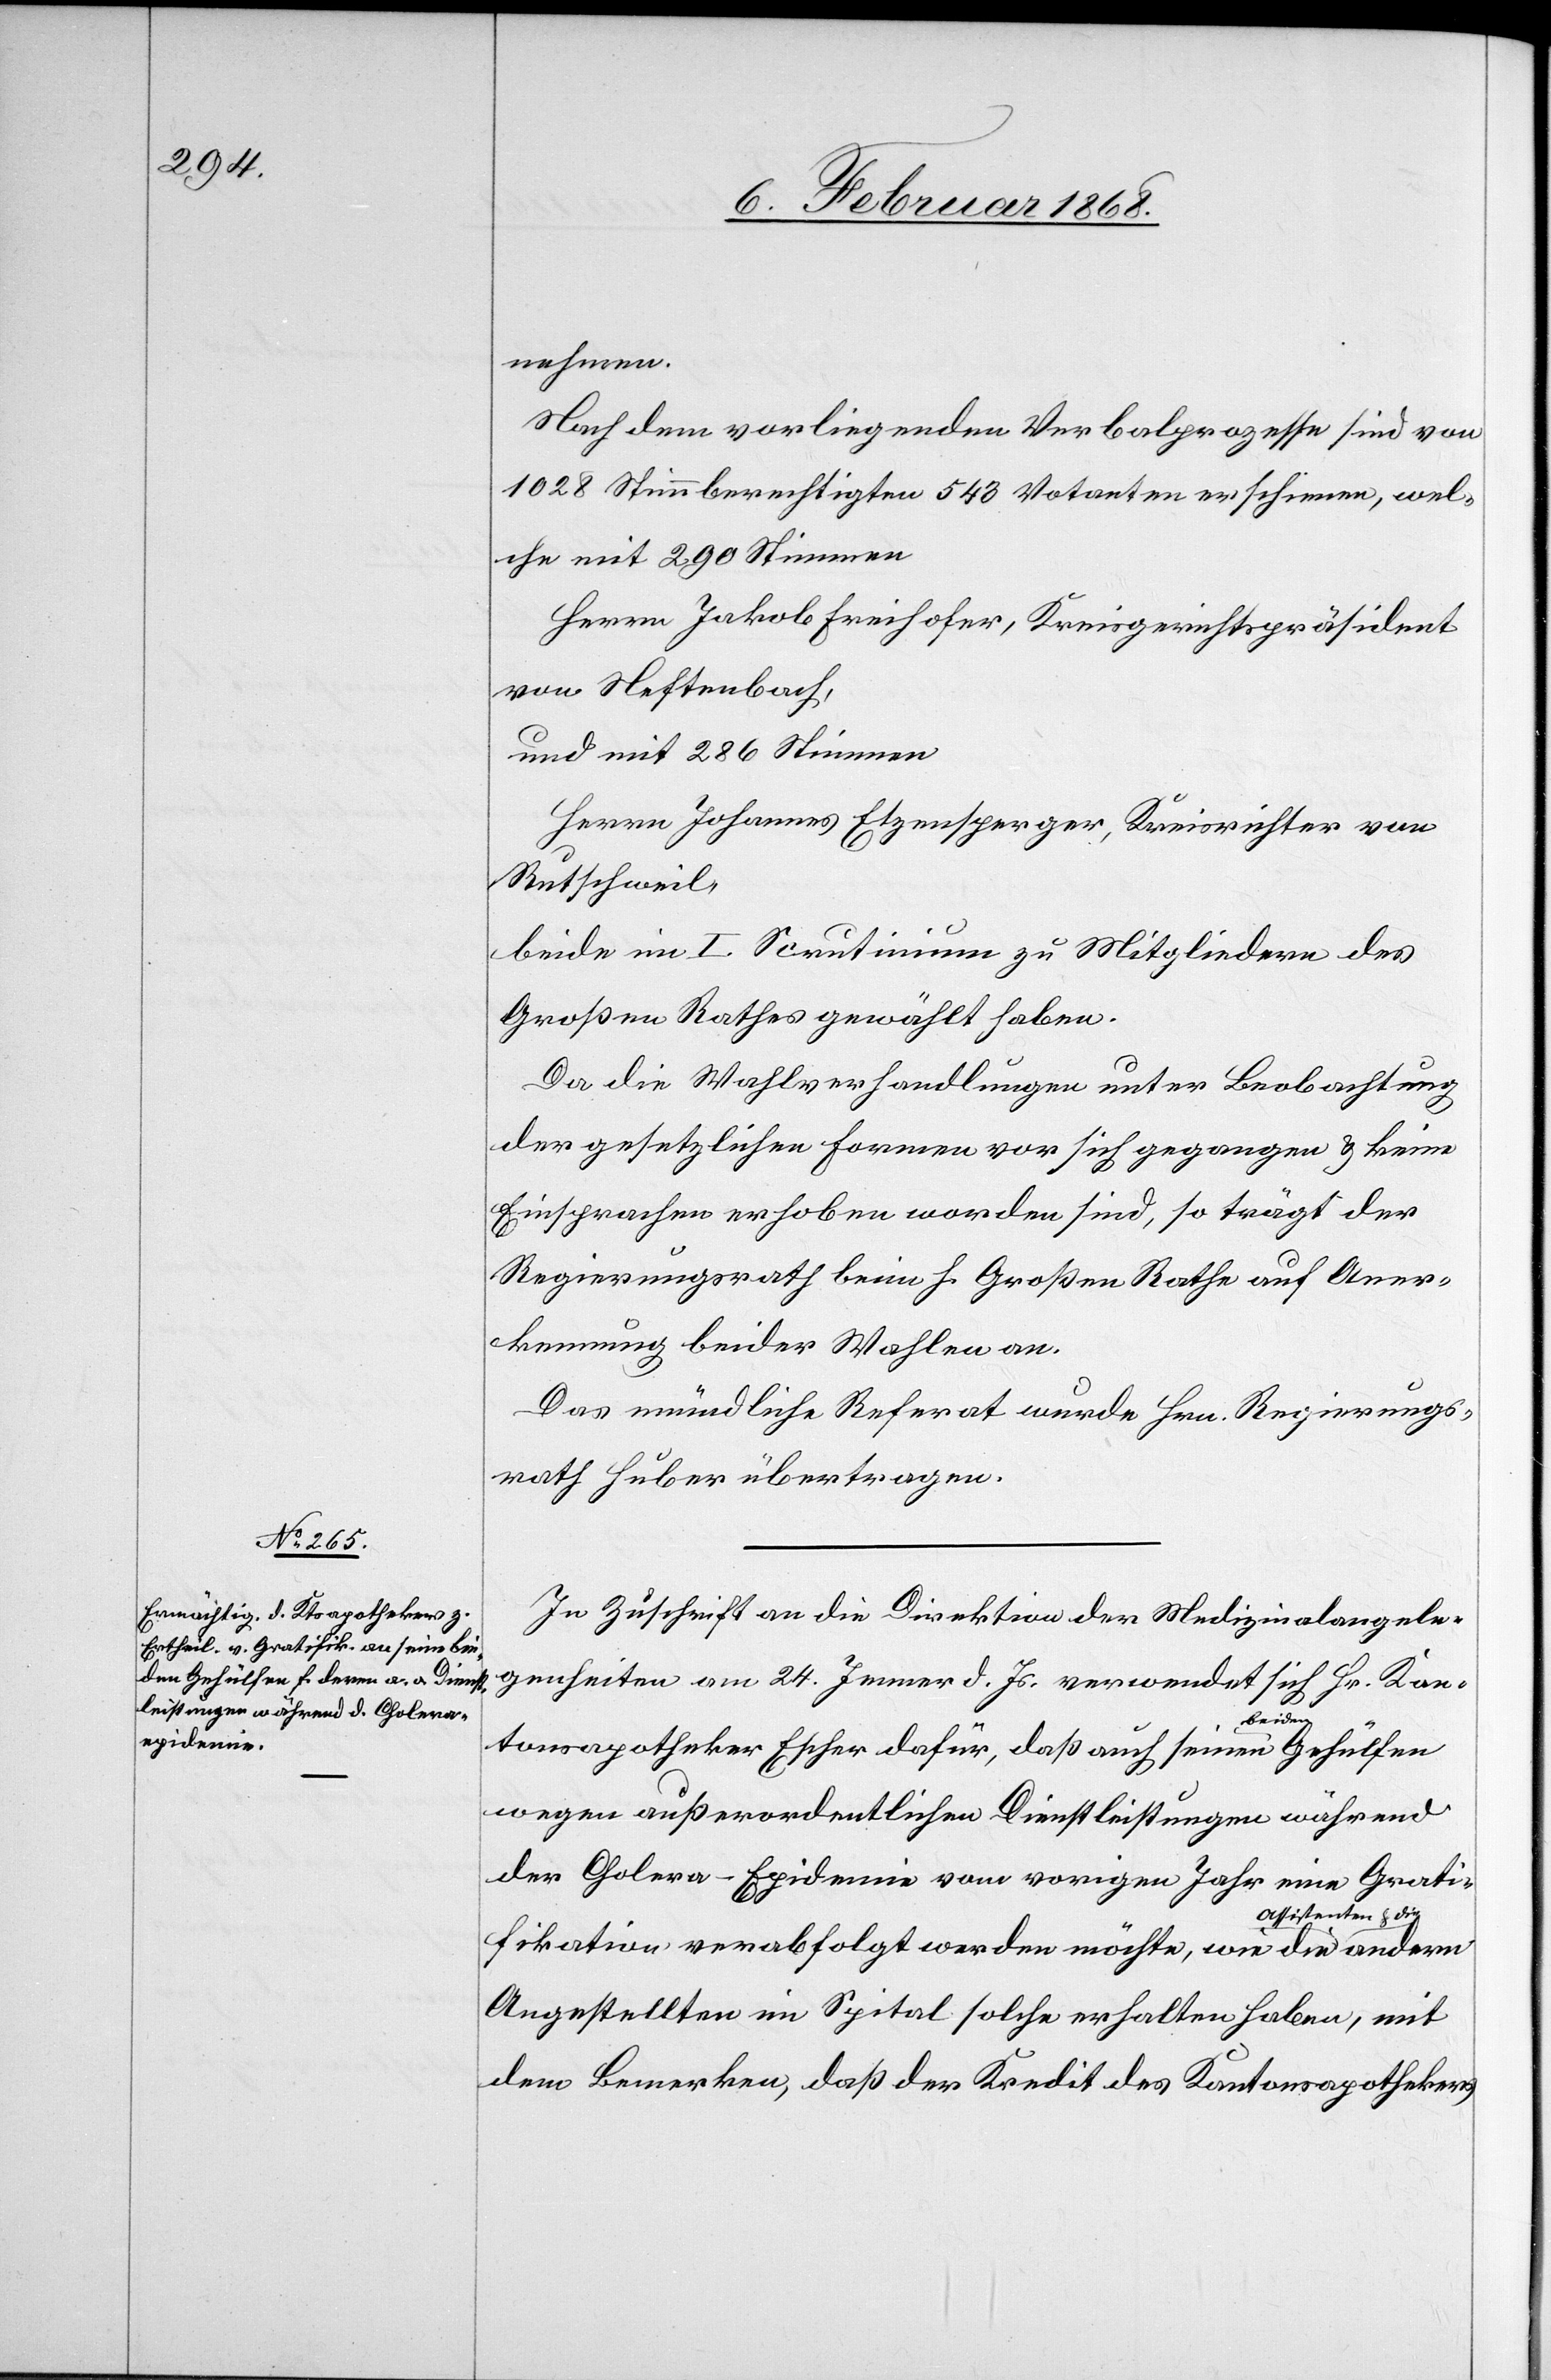
8. Februar 1868.]
nehmen.
Nach dem vorliegenden Verbalprozesse sind von
1028 Stimmberechtigten 543 Votanten erschienen, wel¬
che mit 290 Stimmen
Herrn Jakob Freihofer, Kreisgerichtspräsident
von Neftenbach,
und mit 286 Stimmen
Herrn Johannes Etzensperger, Kreisrichter von
Rutschweil,
beide im I. Scrutinium zu Mitgliedern des
Großen Rathes gewählt haben.
Da die Wahlverhandlungen unter Beobachtung
der gesetzlichen Formen vor sich gegangen & keine
Einsprachen erhoben worden sind, so trägt der
Regierungsrath beim h. Großen Rathe auf Aner¬
kennung beider Wahlen an.
Das mündliche Referat wurde Hrn. Regierungs¬
rath Huber übertragen.
In Zuschrift an die Direktion der Medizinalangele¬
genheiten am 24. Jenner d. Js. verwendet sich Hr. Kan¬
ern
tonsapotheker Escher dafür, daß auch seinen beiden
wegen außerordentlichen Dienstleistungen während
der Cholera-Epidemie vom vorigen Jahr eine Grati¬
ssistenten & die
fikation verabfolgt werden möchte, wie die A¬
Angestellten im Spital solche erhalten haben, mit
dem Bemerken, daß der Kredit des Kantonsapothekers